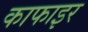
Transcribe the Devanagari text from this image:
काफाइर